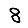
Digit: 8